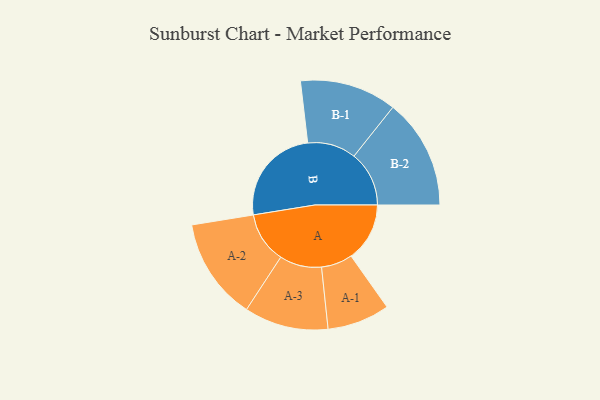
{"axis": {"x": "Segment", "y": "Value"}, "legend": ["", "A", "B"], "data": [{"x": "A", "y": 283, "type": ""}, {"x": "B", "y": 478, "type": ""}, {"x": "A-1", "y": 151, "type": "A"}, {"x": "A-2", "y": 246, "type": "A"}, {"x": "A-3", "y": 203, "type": "A"}, {"x": "B-1", "y": 234, "type": "B"}, {"x": "B-2", "y": 266, "type": "B"}]}